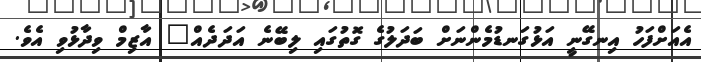
އެއަށްފަހު އިނގޭނީ އަޅުގަނޑުމެންނަށް ބަދަލުގެ ގޮތުގައި ލިބޭނެ އަދަދެއް" އާޒިމް ވިދާޅުވި އެވެ.